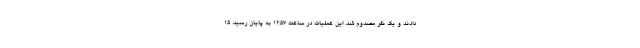
دادند و یک نفر مصدوم شد. این عملیات در ساعت ۱۲:۵۷ به پایان رسید. 15